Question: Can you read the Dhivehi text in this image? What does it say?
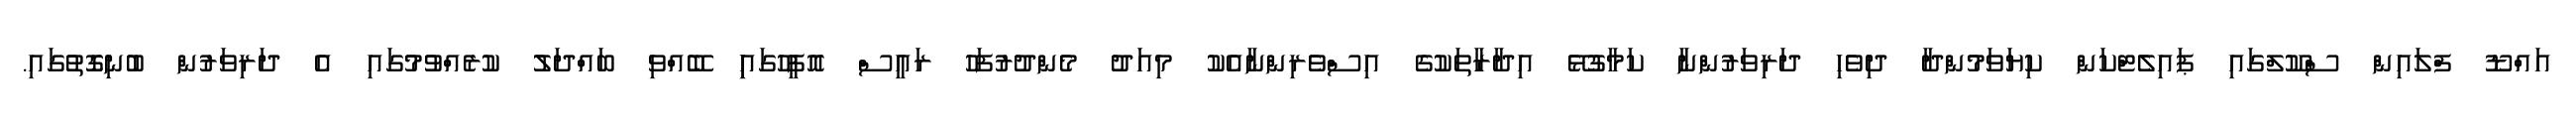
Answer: އައްޑޫ ފްލައިން ސްކޫލްގައި ޕައިލެޓްކަން ކިޔަވަމުންދާ ދިވެހި ދަރިވަރުންނާ ކަމާގުޅޭ އިދާރާތަކުގެ އިސްވެރިންނާއެކު މިއަދު މެންދުރުފަހު ރައީސް އޮފީހުގައިި ބޭއްވި ބައްދަލު ކުރެއްވުމުގައި އެ ދަރިވަރުން ބުނިގޮތުގައި.